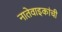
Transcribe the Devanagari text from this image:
नातेवाइकांची